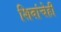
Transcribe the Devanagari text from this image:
शिवांचेही